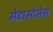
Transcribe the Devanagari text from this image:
मेटास्टेसेस